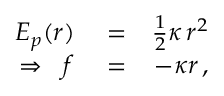
\begin{array} { r l r } { E _ { p } ( r ) } & { { } = } & { \frac { 1 } { 2 } \kappa \, r ^ { 2 } } \\ { \Rightarrow \; \; f } & { { } = } & { - \kappa r \, , } \end{array}